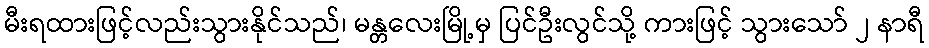
မီးရထားဖြင့်လည်းသွားနိုင်သည်၊ မန္တလေးမြို့မှ ပြင်ဦးလွင်သို့ ကားဖြင့် သွားသော် ၂ နာရီ